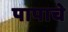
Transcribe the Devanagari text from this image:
पापाचे